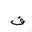
Letter: _fa